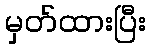
မှတ်ထားပြီး